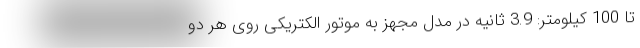
تا 100 کیلومتر: 3.9 ثانیه در مدل مجهز به موتور الکتریکی روی هر دو